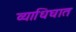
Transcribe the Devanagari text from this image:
व्याधिघात